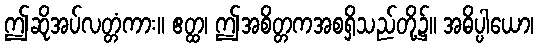
ဤဆိုအပ်လတ္တံကား။ ဧတ္ထ၊ ဤအစိတ္တကအစရှိသည်တို့၌။ အဓိပ္ပါယော၊